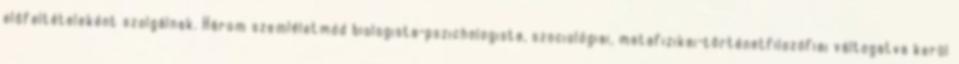
előfeltételeként szolgálnak. Három szemléletmód biologista-pszichologista, szociológiai, metafizikai-történetfilozófiai váltogatva kerül